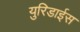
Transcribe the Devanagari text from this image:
युरिडाईस